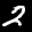
Label: 2